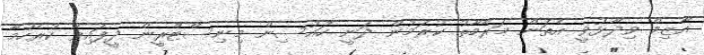
އާޒިމް ވިދާޅުވީ އެތަން މަރާމާތު ކުރަމުން ދަނީ ހައުސިން މިނިސްޓްރީން ދީފައިވާ ކުރެހުމާ